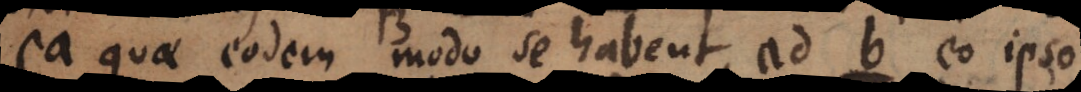
ea quae eodem modo se habent ad b eo ipso